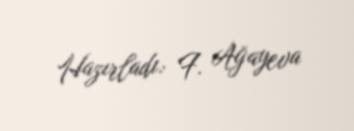
Hazırladı: F. Ağayeva